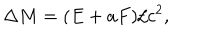
\Delta M = ( E + a F ) / c ^ { 2 } ,